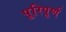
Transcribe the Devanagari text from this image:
पूरिपूर्ण